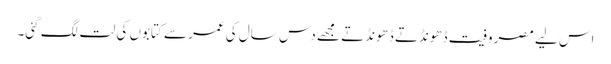
اس لیے مصروفیت ڈھونڈتے ڈھونڈتے مجھے دس سال کی عمر سے کتابوں کی لت لگ گئی۔